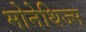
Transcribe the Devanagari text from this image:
मोनेथिज्म